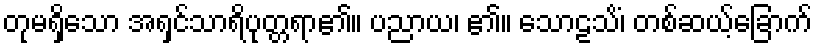
တုမရှိသော အရှင်သာရိပုတ္တရာ၏။ ပညာယ၊ ၏။ သောဠသိံ၊ တစ်ဆယ့်ခြောက်